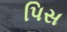
પિસ